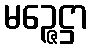
မဉ္ဇေဋ္ဌာ